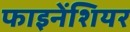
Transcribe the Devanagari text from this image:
फाइनेंशियर